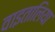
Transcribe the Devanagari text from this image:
वाइतालिया